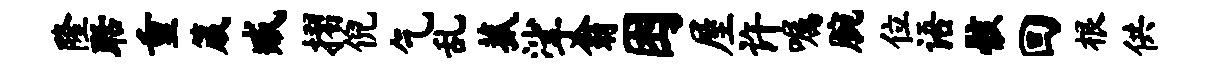
隆聒重箴臧摺倪乞乱菰挲翁困屋许嘱腕位语骸回根供